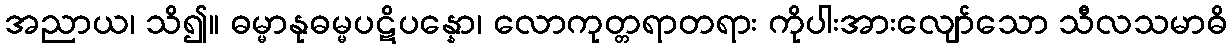
အညာယ၊ သိ၍။ ဓမ္မာနုဓမ္မပဋိပန္နော၊ လောကုတ္တရာတရား ကိုပါးအားလျော်သော သီလသမာဓိ